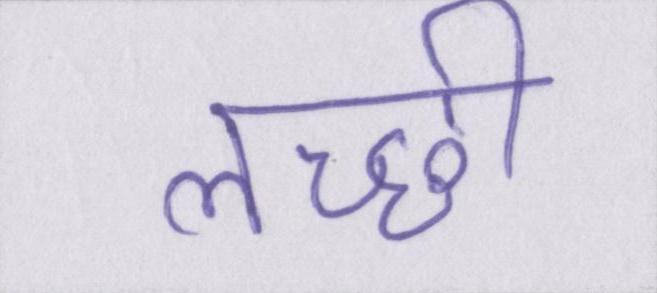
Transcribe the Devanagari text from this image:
लच्छी